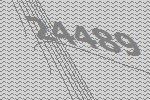
24489